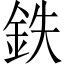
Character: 鉄